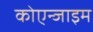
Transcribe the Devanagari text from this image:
कोएन्जाइम